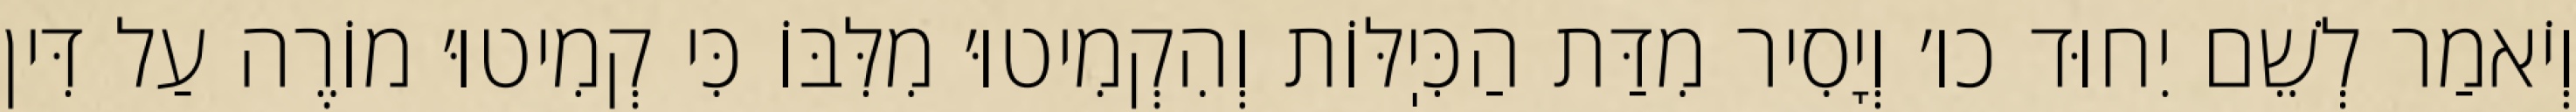
וְיֹאמַר לְשֵׁם יִחוּד כו׳ וְיָסִיר מִדַּת הַכִּיֽלּוֹת וְהִקְמִיטוּ׳ מִלִּבּוֹ כִּי קְמִיטוּ׳ מוֹרֶה עַל דִּין